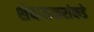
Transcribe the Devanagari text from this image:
शेवाळकरांकडे